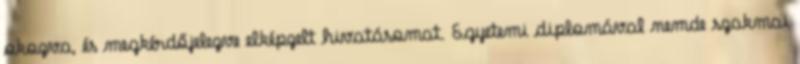
okozva, és megkérdőjelezve elképzelt hivatásomat. Egyetemi diplomával nemde szakmai